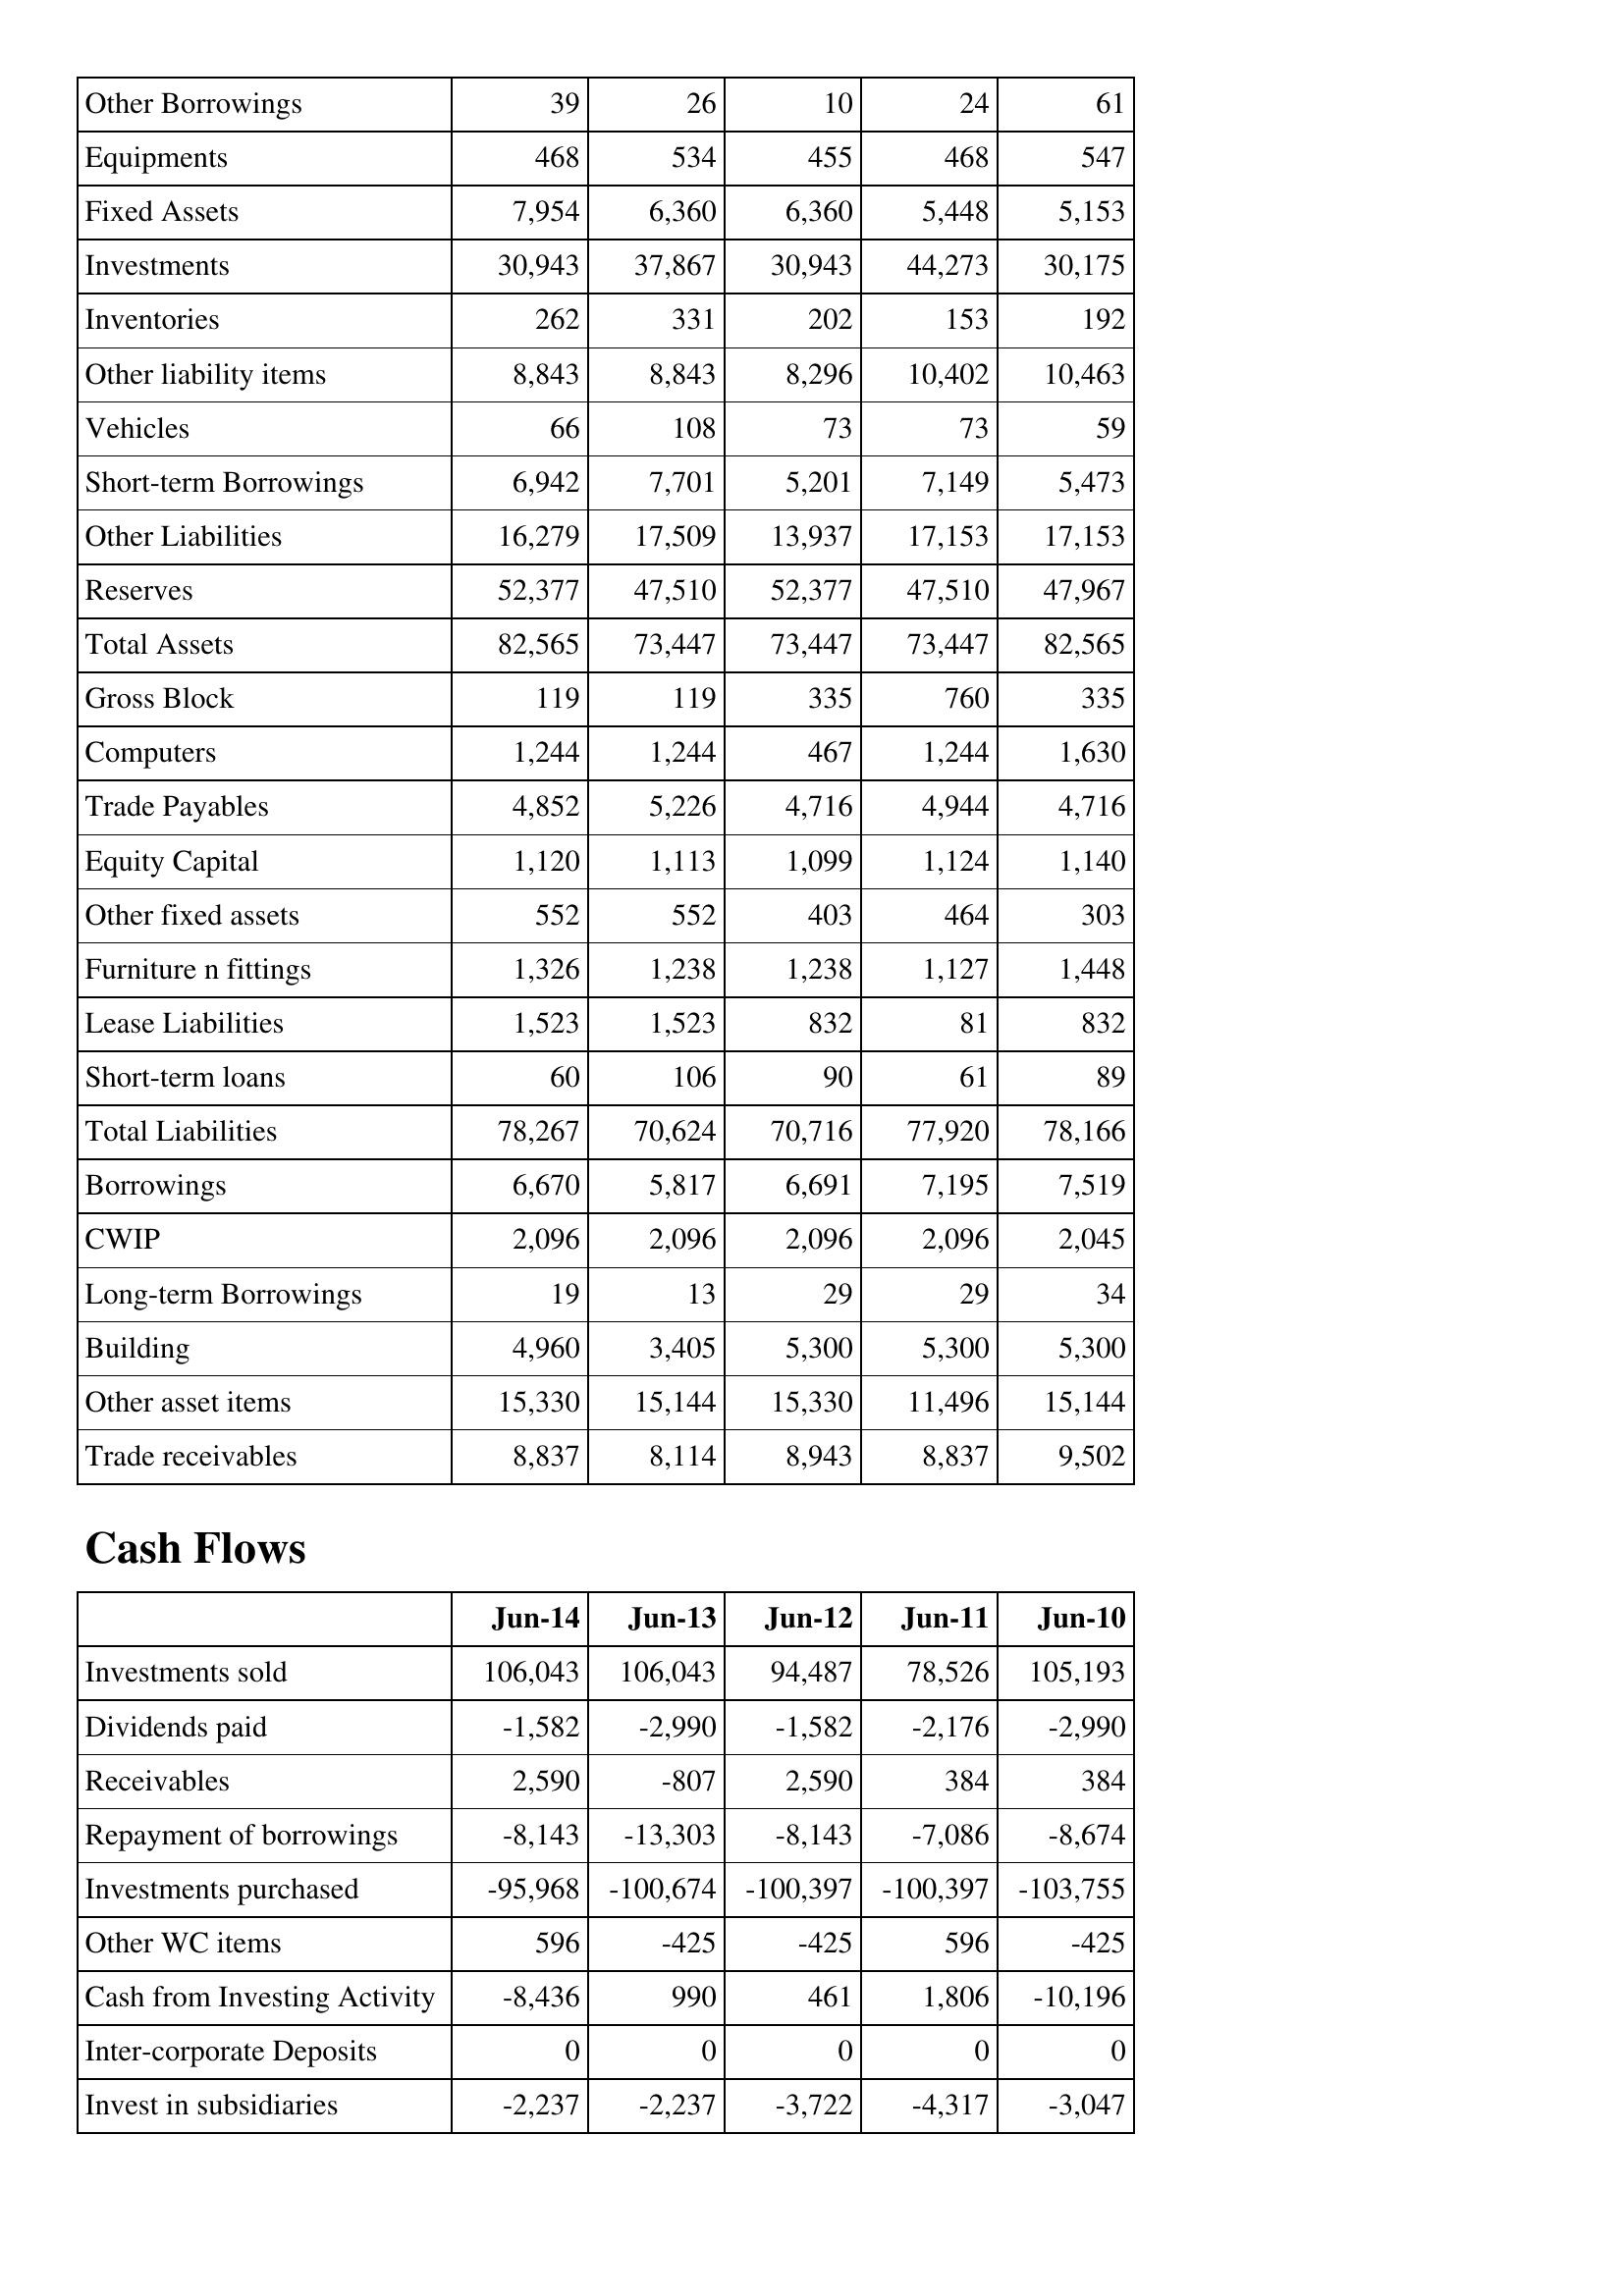
Jun-14: Balance Sheet: Other Borrowings: 39
Equipments: 468
Fixed Assets: 7,954
Investments: 30,943
Inventories: 262
Other liability items: 8,843
Vehicles: 66
Short-term Borrowings: 6,942
Other Liabilities: 16,279
Reserves: 52,377
Total Assets: 82,565
Gross Block: 119
Computers: 1,244
Trade Payables: 4,852
Equity Capital: 1,120
Other fixed assets: 552
Furniture n fittings: 1,326
Lease Liabilities: 1,523
Short-term loans: 60
Total Liabilities: 78,267
Borrowings: 6,670
CWIP: 2,096
Long-term Borrowings: 19
Building: 4,960
Other asset items: 15,330
Trade receivables: 8,837
Cash Flows: Investments sold: 106,043
Dividends paid: -1,582
Receivables: 2,590
Repayment of borrowings: -8,143
Investments purchased: -95,968
Other WC items: 596
Cash from Investing Activity: -8,436
Inter-corporate Deposits: 0
Invest in subsidiaries: -2,237
Jun-13: Balance Sheet: Other Borrowings: 26
Equipments: 534
Fixed Assets: 6,360
Investments: 37,867
Inventories: 331
Other liability items: 8,843
Vehicles: 108
Short-term Borrowings: 7,701
Other Liabilities: 17,509
Reserves: 47,510
Total Assets: 73,447
Gross Block: 119
Computers: 1,244
Trade Payables: 5,226
Equity Capital: 1,113
Other fixed assets: 552
Furniture n fittings: 1,238
Lease Liabilities: 1,523
Short-term loans: 106
Total Liabilities: 70,624
Borrowings: 5,817
CWIP: 2,096
Long-term Borrowings: 13
Building: 3,405
Other asset items: 15,144
Trade receivables: 8,114
Cash Flows: Investments sold: 106,043
Dividends paid: -2,990
Receivables: -807
Repayment of borrowings: -13,303
Investments purchased: -100,674
Other WC items: -425
Cash from Investing Activity: 990
Inter-corporate Deposits: 0
Invest in subsidiaries: -2,237
Jun-12: Balance Sheet: Other Borrowings: 10
Equipments: 455
Fixed Assets: 6,360
Investments: 30,943
Inventories: 202
Other liability items: 8,296
Vehicles: 73
Short-term Borrowings: 5,201
Other Liabilities: 13,937
Reserves: 52,377
Total Assets: 73,447
Gross Block: 335
Computers: 467
Trade Payables: 4,716
Equity Capital: 1,099
Other fixed assets: 403
Furniture n fittings: 1,238
Lease Liabilities: 832
Short-term loans: 90
Total Liabilities: 70,716
Borrowings: 6,691
CWIP: 2,096
Long-term Borrowings: 29
Building: 5,300
Other asset items: 15,330
Trade receivables: 8,943
Cash Flows: Investments sold: 94,487
Dividends paid: -1,582
Receivables: 2,590
Repayment of borrowings: -8,143
Investments purchased: -100,397
Other WC items: -425
Cash from Investing Activity: 461
Inter-corporate Deposits: 0
Invest in subsidiaries: -3,722
Jun-11: Balance Sheet: Other Borrowings: 24
Equipments: 468
Fixed Assets: 5,448
Investments: 44,273
Inventories: 153
Other liability items: 10,402
Vehicles: 73
Short-term Borrowings: 7,149
Other Liabilities: 17,153
Reserves: 47,510
Total Assets: 73,447
Gross Block: 760
Computers: 1,244
Trade Payables: 4,944
Equity Capital: 1,124
Other fixed assets: 464
Furniture n fittings: 1,127
Lease Liabilities: 81
Short-term loans: 61
Total Liabilities: 77,920
Borrowings: 7,195
CWIP: 2,096
Long-term Borrowings: 29
Building: 5,300
Other asset items: 11,496
Trade receivables: 8,837
Cash Flows: Investments sold: 78,526
Dividends paid: -2,176
Receivables: 384
Repayment of borrowings: -7,086
Investments purchased: -100,397
Other WC items: 596
Cash from Investing Activity: 1,806
Inter-corporate Deposits: 0
Invest in subsidiaries: -4,317
Jun-10: Balance Sheet: Other Borrowings: 61
Equipments: 547
Fixed Assets: 5,153
Investments: 30,175
Inventories: 192
Other liability items: 10,463
Vehicles: 59
Short-term Borrowings: 5,473
Other Liabilities: 17,153
Reserves: 47,967
Total Assets: 82,565
Gross Block: 335
Computers: 1,630
Trade Payables: 4,716
Equity Capital: 1,140
Other fixed assets: 303
Furniture n fittings: 1,448
Lease Liabilities: 832
Short-term loans: 89
Total Liabilities: 78,166
Borrowings: 7,519
CWIP: 2,045
Long-term Borrowings: 34
Building: 5,300
Other asset items: 15,144
Trade receivables: 9,502
Cash Flows: Investments sold: 105,193
Dividends paid: -2,990
Receivables: 384
Repayment of borrowings: -8,674
Investments purchased: -103,755
Other WC items: -425
Cash from Investing Activity: -10,196
Inter-corporate Deposits: 0
Invest in subsidiaries: -3,047